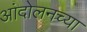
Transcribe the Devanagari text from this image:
आंदोलनच्या